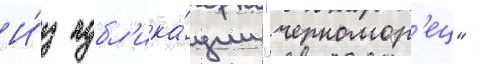
И́з публ'ика́ции "черномор'ец"